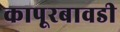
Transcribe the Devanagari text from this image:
कापूरबावडी